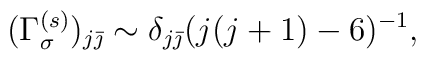
(\Gamma^{(s)}_{\sigma})_{j\bar{\jmath}} \sim \delta_{j\bar{\jmath}}(j(j+1)-6)^{-1},